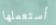
أستعملها